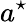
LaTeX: a^{\star}